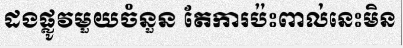
ដងផ្លូវមួយចំនួន តែការប៉ះពាល់នេះមិន